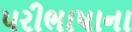
પરીભાષાના